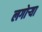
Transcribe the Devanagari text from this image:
लगोर्‍या